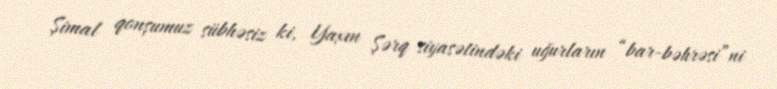
Şimal qonşumuz sübhəsiz ki, Yaxın Şərq siyasətindəki uğurların “bar-bəhrəsi”ni